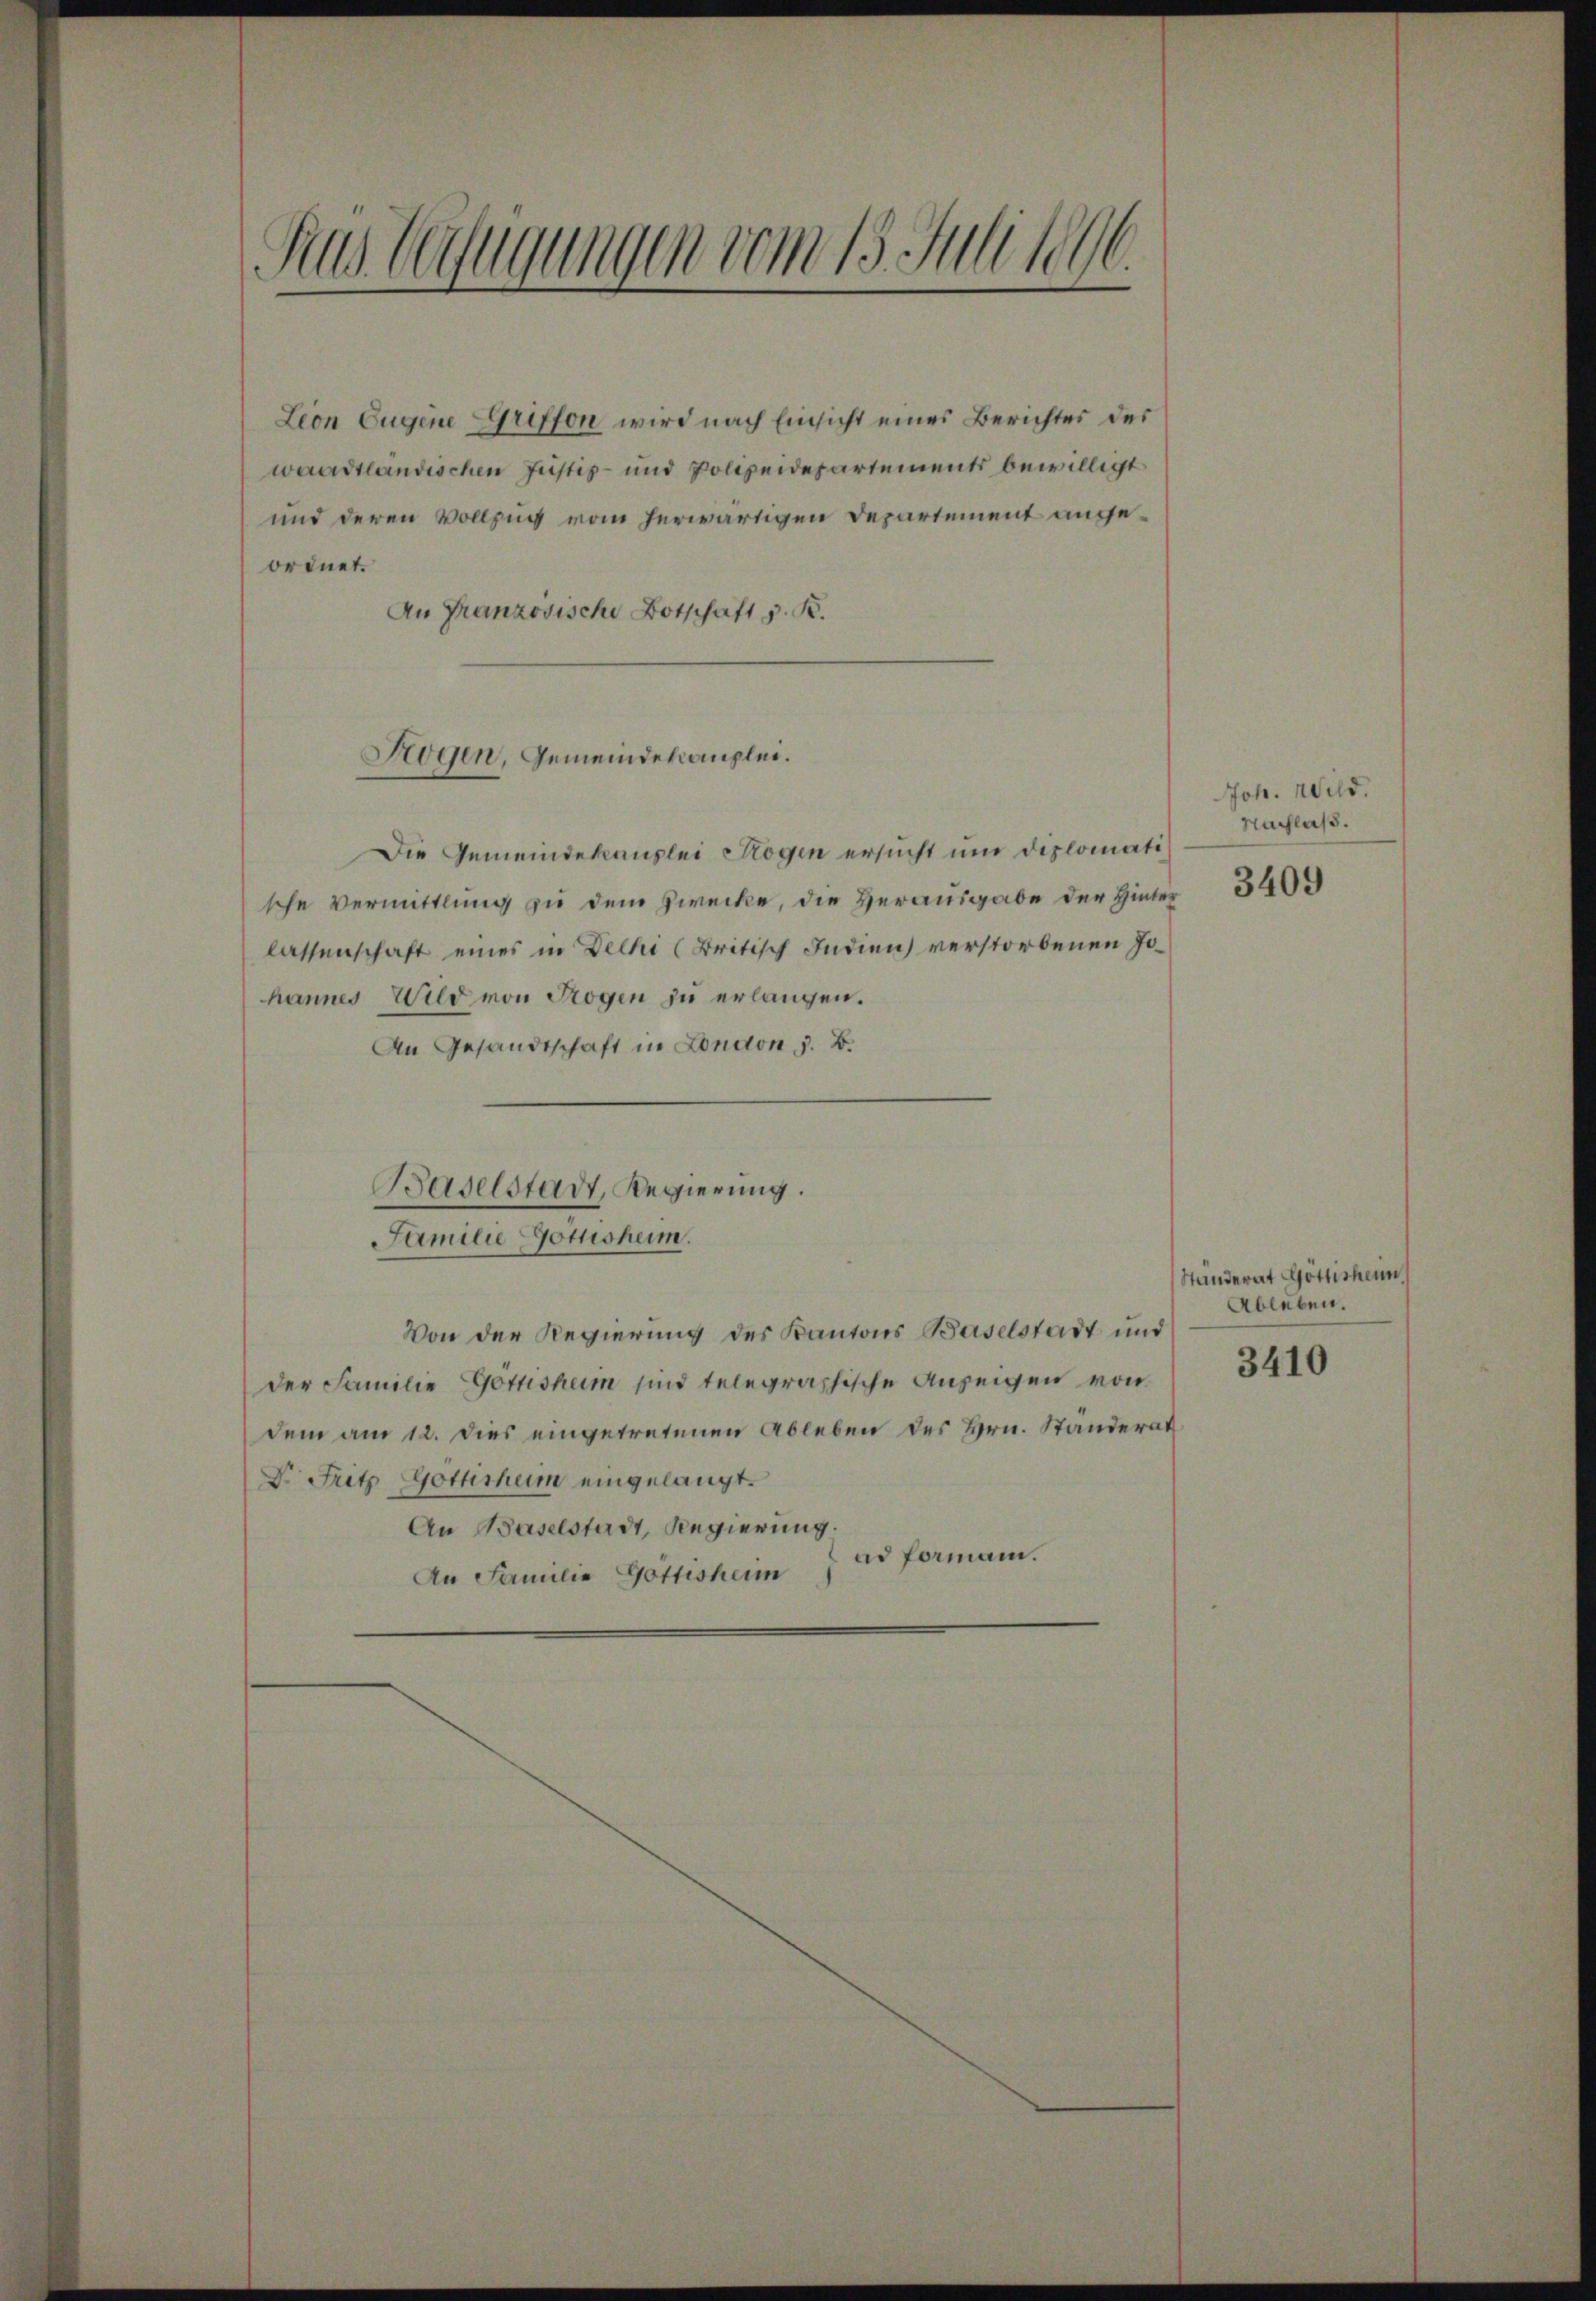
Ras Verfügungen vom 15. Juli 1896.

Lion Eugene Griffon wird nach Einsicht eines Berichtes des
waadtländischen Justiz- und Polizeidepartements bewilligt
und deren Vollzug vom herwärtigen Departement angeordnet.
An Franzosische Botschaft v. K.

Die Gemeindekanzlei Rogen ersucht um diplomati
sche Vermittlung zu dem Zwecke, die Herausgabe der Hinter 340
lassenschaft eines in Delhi (Britisch Indien verstorbenen Johannes Wild von Trogen zu erlangen.
An Gesandtschaft in London, z. B.
Familie Gottesheim.
Von der Regierung des Kantons Baselstadt und
der Familie Göttisheim sind telegraphische Anzeigen von
dem am 12. Dies eingetretenen Ableben des Hrn. Ständerat
Dr. Fritz Göttishum eingelangt.
An Baselstadt, Regierung.
ad formann.
An Familie Göttisheim

Rogen, Gemeindekanzlei.

Baselstadt, Regierung.

Joh. Wild.
Nachlaß.

Ständerat Göttischein
Ableben.
3410